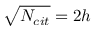
\sqrt { N _ { c i t } } = 2 h